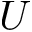
U